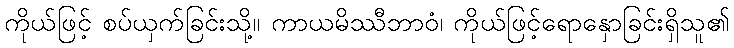
ကိုယ်ဖြင့် စပ်ယှက်ခြင်းသို့။ ကာယမိဿီဘာဝံ၊ ကိုယ်ဖြင့်ရောနှောခြင်းရှိသူ၏